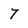
Character: 7